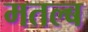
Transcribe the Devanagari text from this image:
मतल्ब